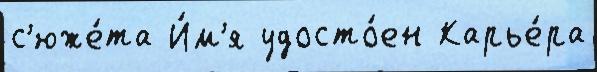
с'юже́та И́м'я удосто́ен Карье́ра